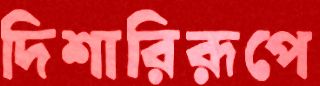
দিশারিরূপে